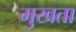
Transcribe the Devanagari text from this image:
मुखता